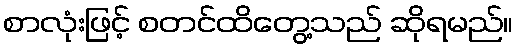
စာလုံးဖြင့် စတင်ထိတွေ့သည် ဆိုရမည်။